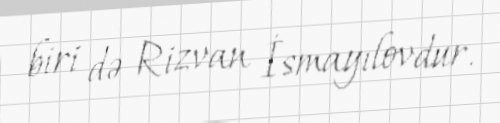
biri də Rizvan İsmayılovdur.